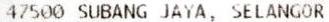
47500 SUBANG JAYA, SELANGOR